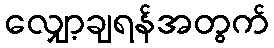
လျှော့ချရန်အတွက်